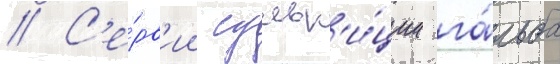
// С'е́рв'ии сульп'и́ции га́льба